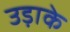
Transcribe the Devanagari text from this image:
उड़ाके